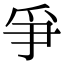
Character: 爭